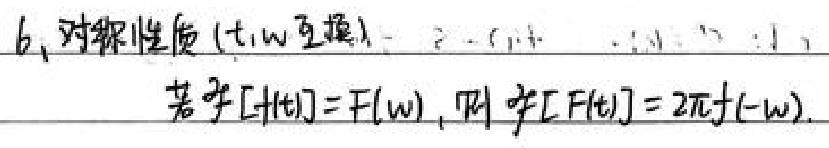
6、对称性质（$t$, $\omega$ 互换）：
若 $\mathcal{F}[f(t)] = F(\omega)$，则 $\mathcal{F}[F(t)] = 2\pi f(-\omega)$。